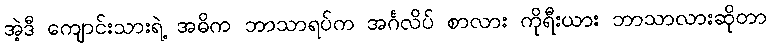
အဲ့ဒီ ကျောင်းသားရဲ့ အဓိက ဘာသာရပ်က အင်္ဂလိပ် စာလား ကိုရီးယား ဘာသာလားဆိုတာ